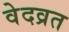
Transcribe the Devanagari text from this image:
वेदव्रत